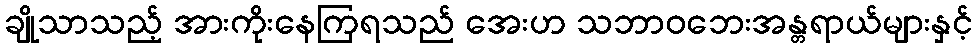
ချိုသာသည့် အားကိုးနေကြရသည် အေးဟ သဘာဝဘေးအန္တရာယ်များနှင့်